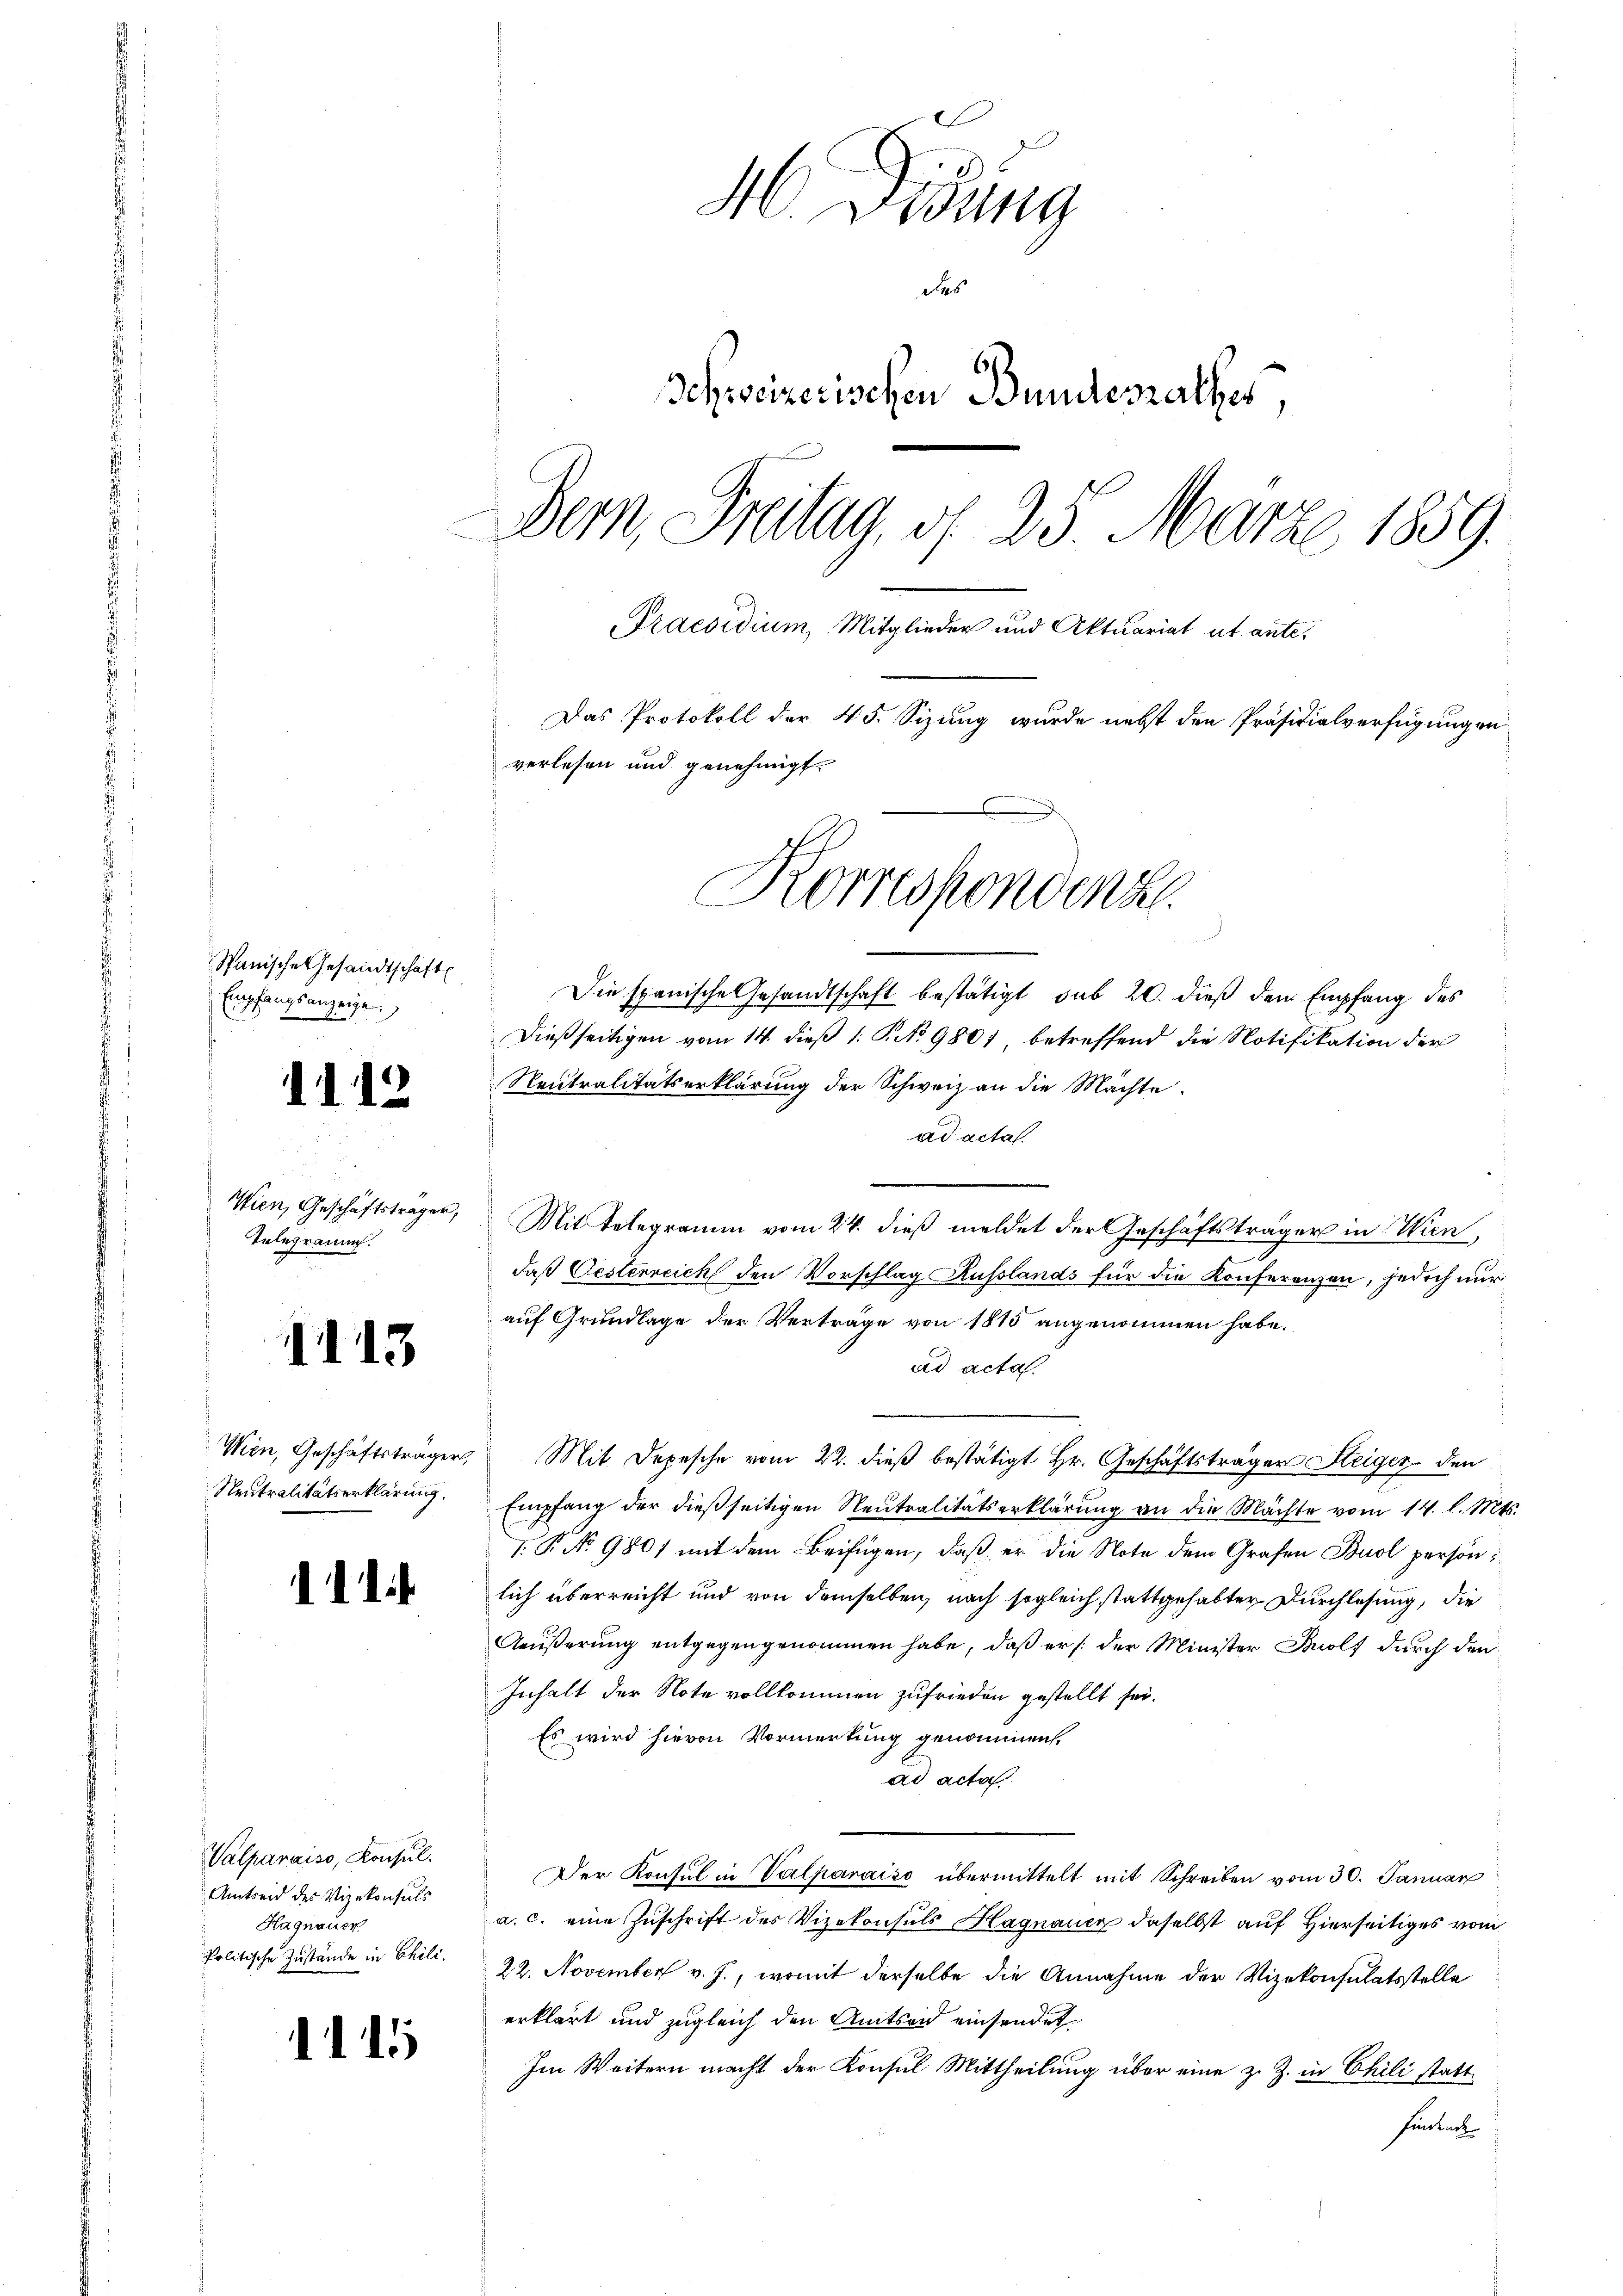
Spanische Gesandtschaft
Empfangsanzeige.

1112

Wien, Geschäftsträger,
Telegramm.

1113

Wien, Geschäftsträger,
Neutralitätserklärung.

111

Valparaiso, Konsul
Amtseid des Vizekonsuls
Hagnauer
Politische Zustände in Chili.

115

46. Disung
des
Schweizerischen Bundesrathes,
Dern, Freitag, d. 25 März 1859.
Praesidium, Mitglieder und Aktuariat ut ante.
Das Protokoll der 45. Sizung wurde nebst den Präsidialverfügungen
verlesen und genehmigt.
Korrespondenz.

Die spanische Gesandtschaft bestätigt, sub 20. dieß dem Empfang des
dießseitigen vom 14. dieβ 1: P. No 9801 betreffend die Notifikation der
Neutralitätserklärung der Schweiz an die Mächte.
ad acta
Mit Telegramm vom 24. dieß meldet der Geschäftsträger in Wien,
daß Oesterreich den Vorschlag Russlands für die Konferenzen, jedoch nur
auf Grundlage der Verträge von 1815 angenommen habe.
ad acta.
Mit Depesche vom 22. dieß bestätigt Hr. Geschäftsträger Steiger den
Empfang der dießseitigen Neutralitätserklärung an die Mächte vom 14. l. Mts.
.P. Nr. 980) mit dem Beifügen, daß er die Note dem Grafen Buol persön
lich überreicht und von demselben, nach sogleich stattgehabter Durchlesung, die
Aeußerung entgegengenommen habe, daß er /: der Minister Bolf durch den
Inhalt der Note vollkommen zufrieden gestellt sei.
Es wird hievon Vormerkung genommen.
ad acta
Der Konsul in Valparaiso übermittelt mit Schreiben vom 30. Januar
a. c. eine Zuschrift des Vizekonsuls Hagnauer daselbst auf Hierseitiges vom
22. November v. J., womit derselbe die Annahme der Vizekonsulatsstelle
erklärt und zugleich den Amtseid einsendet
Im Weitern macht der Konsul Mittheilung über eine z. Z. in Chili statthindenck